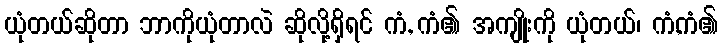
ယုံတယ်ဆိုတာ ဘာကိုယုံတာလဲ ဆိုလို့ရှိရင် ကံ, ကံ၏ အကျိုးကို ယုံတယ်၊ ကံ,ကံ၏